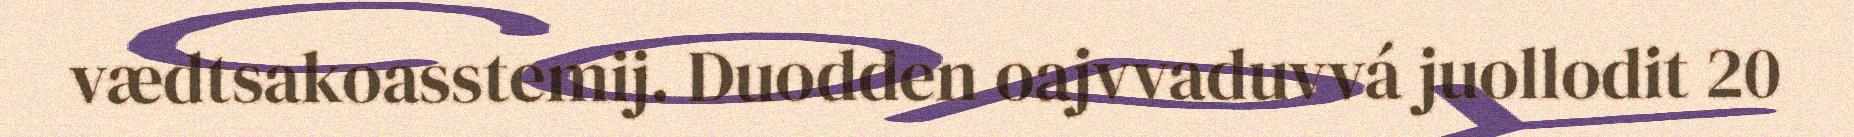
vædtsakoasstemij. Duodden oajvvaduvvá juollodit 20